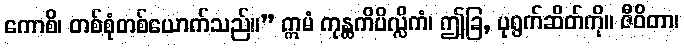
ကောစိ၊ တစ်စုံတစ်ယောက်သည်။” ဣမံ ကုန္ထကိပိလ္လိကံ၊ ဤခြ, ပုရွက်ဆိတ်ကို။ ဇီဝိတာ၊